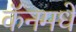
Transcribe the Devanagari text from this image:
कॅनमधे